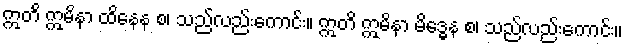
ဣတိ ဣမိနာ ထိနေန စ၊ သည်လည်းကောင်း။ ဣတိ ဣမိနာ မိဒ္ဓေန စ၊ သည်လည်းကောင်း။